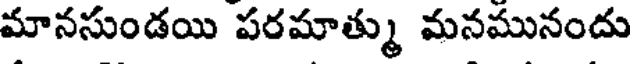
మానసుండయి పరమాత్ము మనమునందు